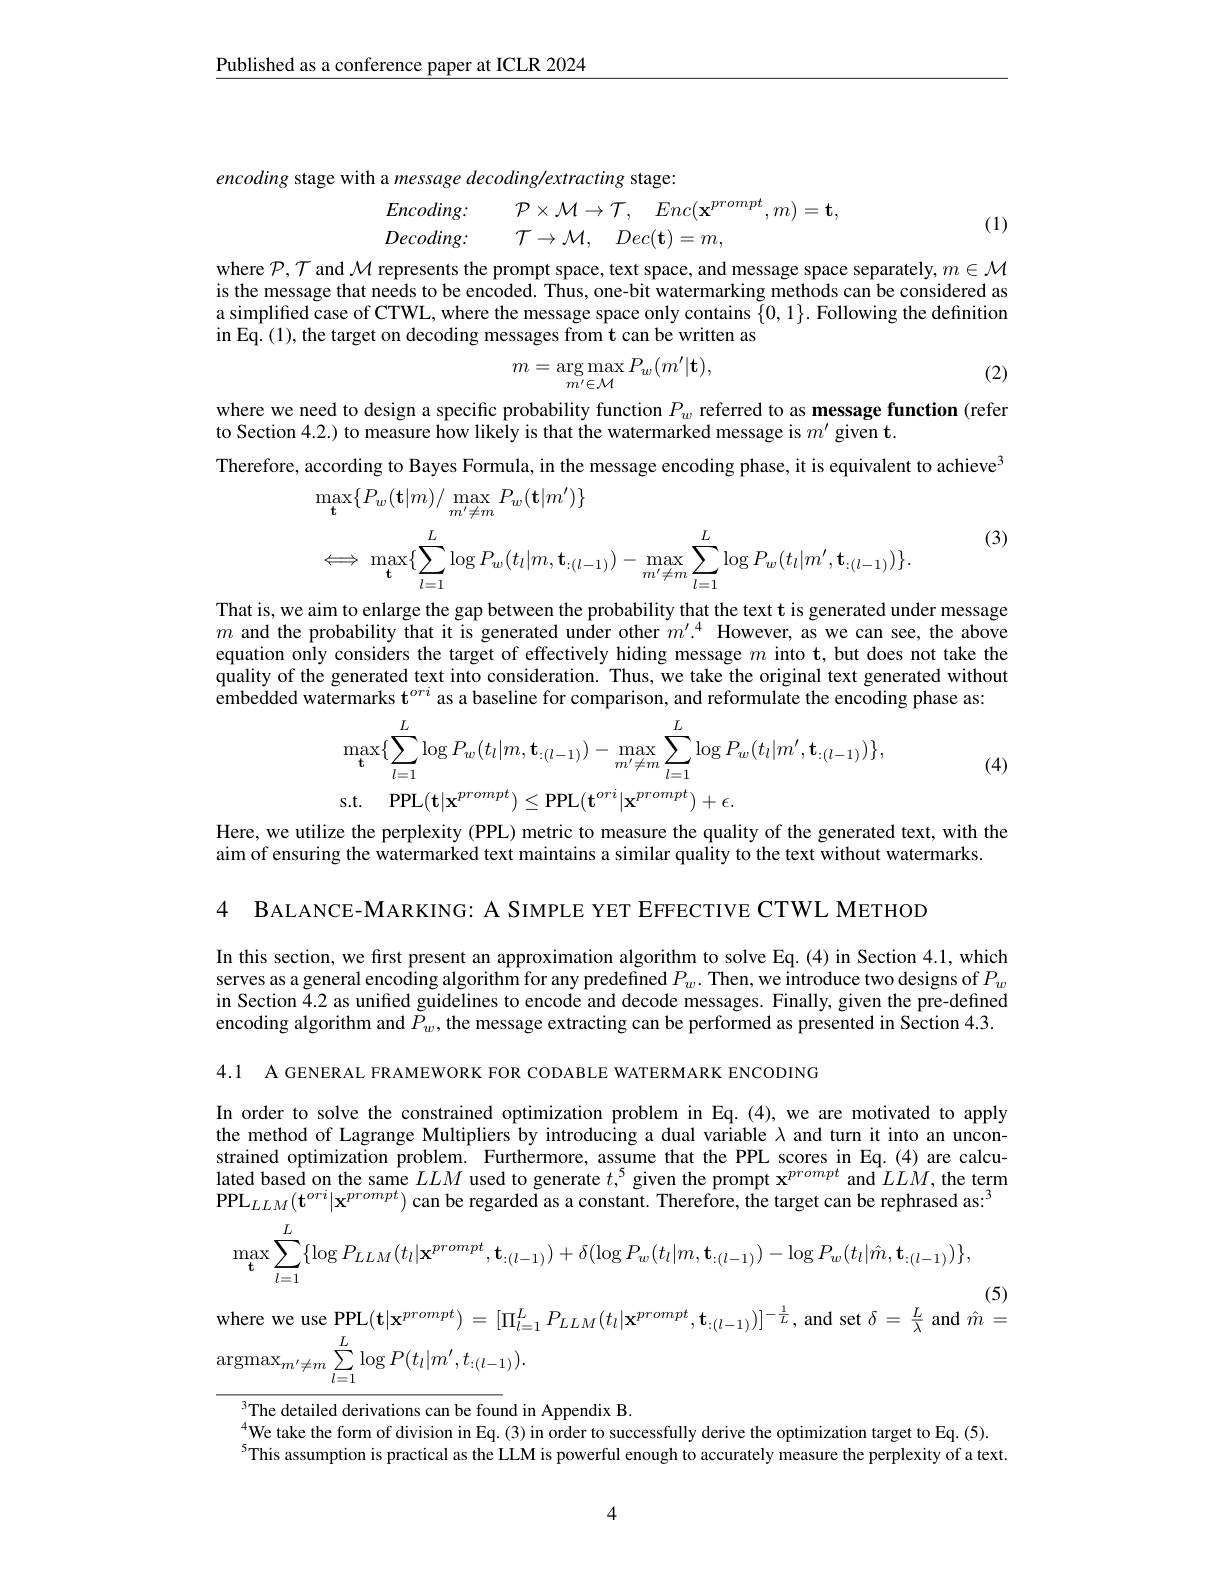
$\underline{\text{Published as a conference paper at ICLR 2024}}$

encoding stage with a message decoding/extracting stage:
$$Encoding:\quad\mathcal{P}\times\mathcal{M}\to\mathcal{T},\quad Enc(\mathbf{x}^{prompt},m)=\mathbf{t},$$
$\mathcal{T} \to \mathcal{M} $, $Dec( \mathbf{t} ) = m$,

(1)

Decoding:

where $\mathcal{P},\mathcal{T}$ and $\mathcal{M}$ represents the prompt space, text space, and message space separately, $m\in\mathcal{M}$ is the message that needs to be encoded. Thus, one-bit watermarking methods can be considered as a simplified case of CTWL, where the message space only contains $\{0,1\}.$ Following the definition in Eq.(1), the target on decoding messages from t can be written as

(2)
$$m=\underset{m'\in\mathcal M}{\arg\max}P_w(m'|\mathbf{t}),$$
where we need to design a specific probability function $P_w$ referred to as message function (refer
to Section 4.2.) to measure how likely is that the watermarked message is $m^\prime$ given t.
Therefore, according to Bayes Formula, in the message encoding phase, it is equivalent to achieve$^{3}$
$$\begin{aligned}&\max_{\mathbf{t}}\{P_{w}(\mathbf{t}|m)/\max_{m^{\prime}\neq m}P_{w}(\mathbf{t}|m^{\prime})\}\\&\Longleftrightarrow\max_{\mathbf{t}}\{\sum_{l=1}^{L}\log P_{w}(t_{l}|m,\mathbf{t}_{:(l-1)})-\max_{m^{\prime}\neq m}\sum_{l=1}^{L}\log P_{w}(t_{l}|m^{\prime},\mathbf{t}_{:(l-1)})\}.\\\end{aligned}$$
(3)

That is, we aim to enlarge the gap between the probability that the text t is generated under message $m$ and the probability that it is generated under other $m^\prime.^4$ However, as we can see, the above equation only considers the target of effectively hiding message $m$ into t, but does not take the quality of the generated text into consideration. Thus, we take the original text generated without embedded watermarks $\mathbf{t}^{ori}$ as a baseline for comparison, and reformulate the encoding phase as:

(4)
$$\begin{aligned}&\max\{\sum_{l=1}^{L}\log P_{w}(t_{l}|m,\mathbf{t}_{:(l-1)})-\max_{m^{\prime}\neq m}\sum_{l=1}^{L}\log P_{w}(t_{l}|m^{\prime},\mathbf{t}_{:(l-1)})\},\\&\mathrm{s.t.}\quad\mathrm{PPL}(\mathbf{t}|\mathbf{x}^{prompt})\leq\mathrm{PPL}(\mathbf{t}^{ori}|\mathbf{x}^{prompt})+\epsilon.\end{aligned}$$
Here, we utilize the perplexity (PPL) metric to measure the quality of the generated text, with the
aim of ensuring the watermarked text maintains a similar quality to the text without watermarks.

4 BALANCE-MARKING: A SIMPLE YET EFFECTIVE CTWL METHOD

In this section, we first present an approximation algorithm to solve Eq.(4) in Section 4.1, which serves as a general encoding algorithm for any predefined $P_w.$ Then, we introduce two designs of $P_w$ in Section 4.2 as unified guidelines to encode and decode messages. Finally, given the pre-defined encoding algorithm and $\check{P}_w$,the message extracting can be performed as presented in Section 4.3.

4.1 A GENERAL FRAMEWORK FOR CODABLE WATERMARK ENCODING

In order to solve the constrained optimization problem in Eq.(4),we are motivated to apply the method of Lagrange Multipliers by introducing a dual variable $\lambda$ and turn it into an unconstrained optimization problem. Furthermore, assume that the PPL scores in Eq.(4) are calculated based on the same $LLM$ used to generate $t^5$ given the prompt $\mathbf{x}^{prompt}$ and $LLM$, the term $\mathrm{PPL}_{LLM}(\mathbf{t}^{ori}|\mathbf{x}^{prompt})$ can be regarded as a constant. Therefore, the target can be rephrased as:$^3$
$$\max_{\mathbf{t}}\sum_{l=1}^{L}\{\log P_{LLM}(t_{l}|\mathbf{x}^{prompt},\mathbf{t}_{:(l-1)})+\delta(\log P_{w}(t_{l}|m,\mathbf{t}_{:(l-1)})-\log P_{w}(t_{l}|\hat{m},\mathbf{t}_{:(l-1)})\},$$
(5)

where we use PPL$(\mathbf{t}|\mathbf{x}^{prompt})=[\Pi_{l=1}^{L}P_{LLM}(t_{l}|\mathbf{x}^{prompt},\mathbf{t}_{:(l-1)})]^{-\frac{1}{L}}$,and set $\delta=\frac{L}{\lambda}$ and $\hat{m}=$

$\operatorname{argmax}_{m^{\prime}\neq m}\sum_{l=1}^{L}\log P(t_{l}|m^{\prime},t_{:(l-1)}).$

The detailed derivations can be found in Appendix B.
We take the form of division in Eq.(3) in order to successfully derive the optimization target to Eq. (5). $^{5}$This assumption is practical as the LLM is powerful enough to accurately measure the perplexity of a text.

4